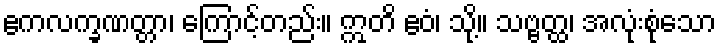
ဧကလက္ခဏတ္တာ၊ ကြောင့်တည်း။ ဣတိ ဧဝံ၊ သို့။ သဗ္ဗတ္ထ၊ အလုံးစုံသော